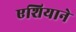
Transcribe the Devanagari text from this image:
एशियाने